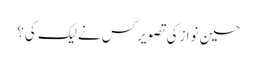
حسین نوازکی تصویرکس نےلیک کی؟